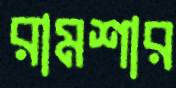
রামশার